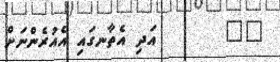
١٧       އަދި އެތާނގައި އެއުރެންނަށް